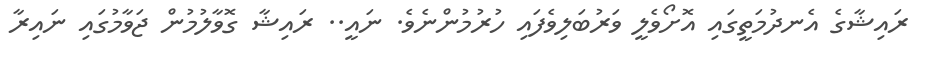
ރައިޝާގެ އެނދުމަތީގައި އޮށޯވެލީ ވަރުބަލިވެފައި ހުރުމުންނެވެ. ނައީ.. ރައިޝާ ގޮވާލުމުން ޖަވާމުގައި ނައިރާ